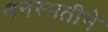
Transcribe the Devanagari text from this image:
वनस्पतीने